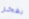
بفخر